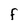
Character: F